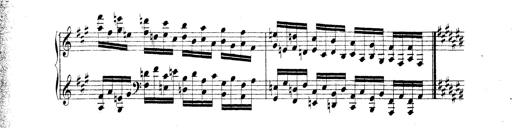
Title: Technische Studien
Composer: Franz Liszt